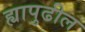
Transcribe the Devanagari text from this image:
ह्यापुढील